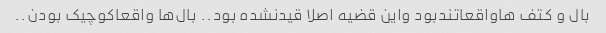
بال و کتف هاواقعاتندبود واین قضیه اصلا قیدنشده بود.. بال‌ها واقعاکوچیک بودن..